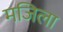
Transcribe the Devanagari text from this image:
मजिला